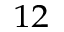
^ { 1 2 }